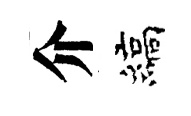
介縞